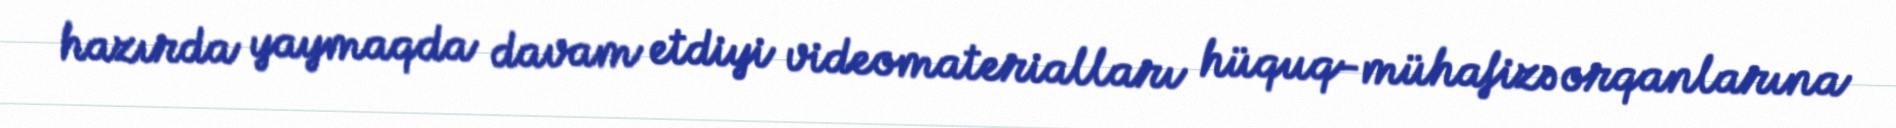
hazırda yaymaqda davam etdiyi videomaterialları hüquq-mühafizə orqanlarına